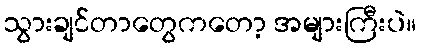
သွားချင်တာတွေကတော့ အများကြီးပဲ။